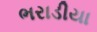
ભરાડીયા